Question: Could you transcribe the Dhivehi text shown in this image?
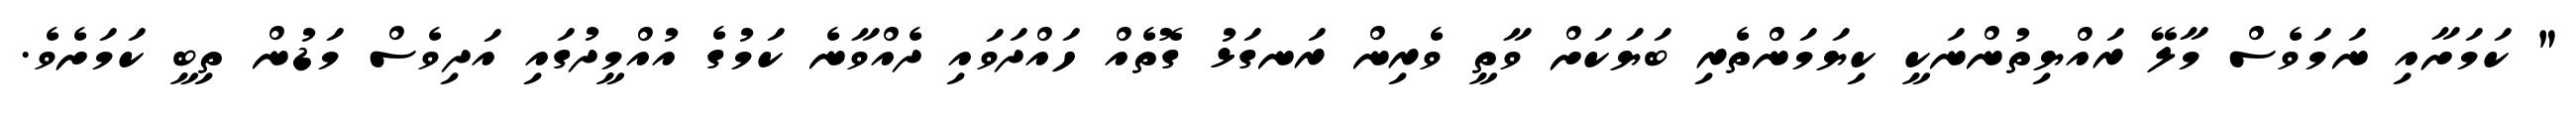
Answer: " ކަމަށާއި ނަމަވެސް މާލޭ ރައްޔިތުންނަކީ ކިޔަމަންތެރި ބަޔަކަށް ވާތީ ވެރިން ރަނގަޅު ގޮތެއް ހައްދަވައި ދެއްވާނެ ކަމުގެ އުއްމީދުގައި އަދިވެސް މަޑުން ތިބީ ކަމަށެވެ.